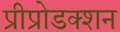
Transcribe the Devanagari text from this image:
प्रीप्रोडक्शन